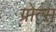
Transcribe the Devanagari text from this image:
ग्रोत्स